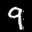
Label: 9